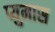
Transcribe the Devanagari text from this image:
प्युमास